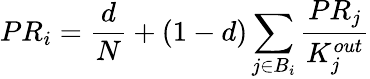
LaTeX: PR_{i}=\frac{d}{N}+(1-d)\sum_{j\in B_{i}}\frac{PR_{j}}{K_{j}^{out}}